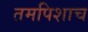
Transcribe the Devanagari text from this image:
तमपिशाच